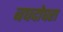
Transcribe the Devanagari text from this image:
बघदोघरा